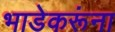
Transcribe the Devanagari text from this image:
भाडेकरूंना